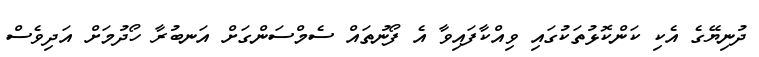
ދުނިޔޭގެ އެކި ކަންކޮޅުތަކުގައި ވިއްކާފައިވާ އެ ފޯނުތައް ސެމްސަންގަށް އަނބުރާ ހޯދުމަށް އަދިވެސް